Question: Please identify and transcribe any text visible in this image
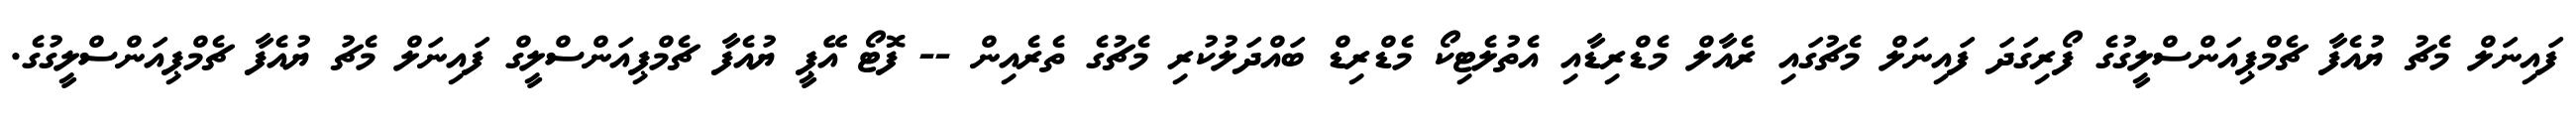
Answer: ފައިނަލް މެޗު ޔުއެފާ ޗެމްޕިއަންސްލީގުގެ ފޯރިގަދަ ފައިނަލް މެޗުގައި ރެއާލް މެޑްރިޑާއި އެތުލެޓިކޯ މެޑްރިޑް ބައްދަލުކުރި މެޗުގެ ތެރެއިން -- ފޮޓޯ އޭޕީ ޔުއެފާ ޗެމްޕިއަންސްލީގް ފައިނަލް މެޗު ޔުއެފާ ޗެމްޕިއަންސްލީގުގެ.